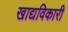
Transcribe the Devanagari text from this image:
खाद्यविकारी